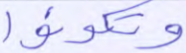
وتكونوا